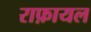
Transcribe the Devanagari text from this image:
राफ़ायल